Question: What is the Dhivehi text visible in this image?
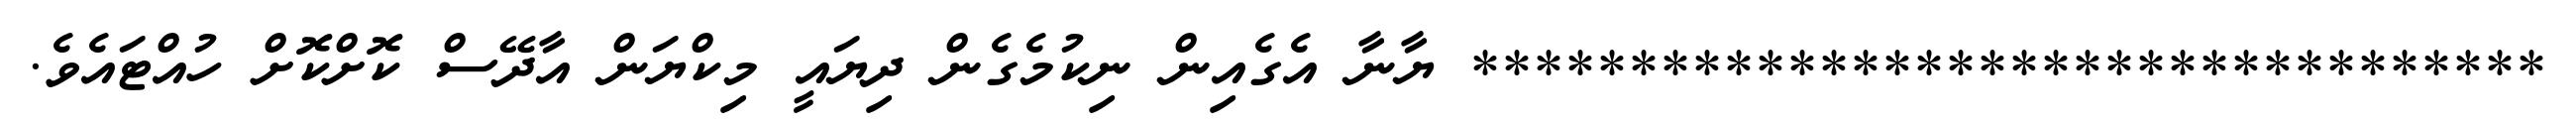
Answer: ********************************** ޔާނާ އެގެއިން ނިކުމެގެން ދިޔައީ މިކްޔަން އާދޭސް ކޮށްކޮށް ހުއްޓައެވެ.